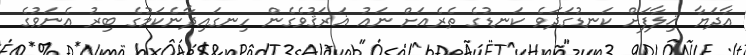
އާދަޔާ ޚިލާފަށް ކަނޑުގަދަވެ ކަނޑުގެ ތެރެއަށް ނައު ޣަރަޤުވެގެން ހިނގައިދާނެކަމުގެ ބިރު އެނަވުގެ